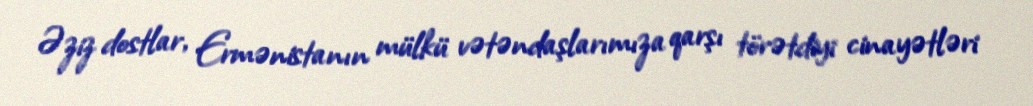
Əziz dostlar, Ermənistanın mülkü vətəndaşlarımıza qarşı törətdiyi cinayətləri